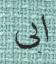
ابى